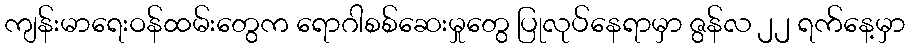
ကျန်းမာရေးဝန်ထမ်းတွေက ရောဂါစစ်ဆေးမှုတွေ ပြုလုပ်နေရာမှာ ဇွန်လ ၂၂ ရက်နေ့မှာ